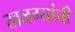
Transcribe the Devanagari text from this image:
खळग्यांची